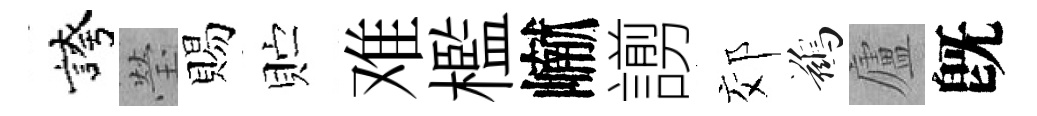
誇瑩賜贮难檻𪩘謭郊鷀廬旣